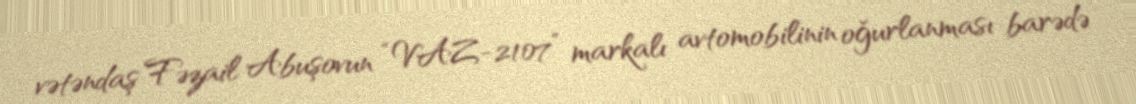
vətəndaş Fəzail Abuşovun “VAZ-2107” markalı avtomobilinin oğurlanması barədə